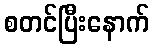
စတင်ပြီးနောက်